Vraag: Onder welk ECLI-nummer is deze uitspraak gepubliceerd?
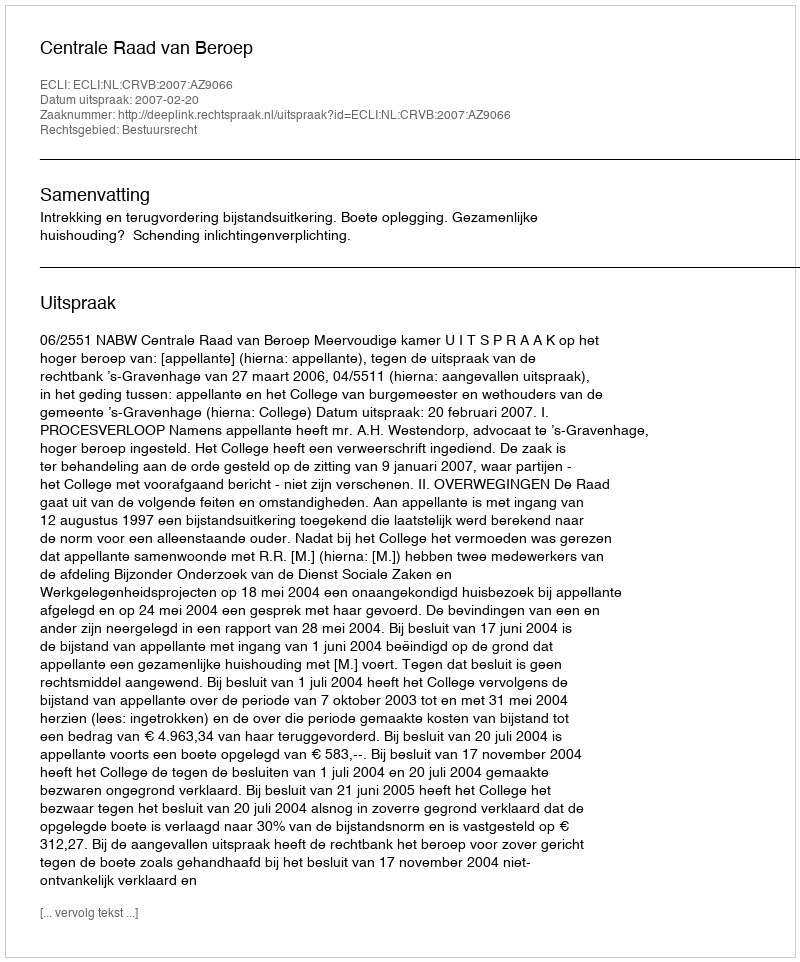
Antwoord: ECLI:NL:CRVB:2007:AZ9066